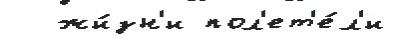
  жи́зн'и пол'ет'е́л'и